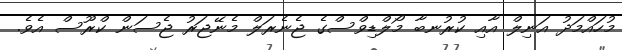
މުހައްމަދު އަނިލް އާއި ކުރުނބާ މޯލްޑިވްސްގެ ޖެނެރަލް މެނޭޖަރު ޖެސަން ކްރޫސް އެވެ.